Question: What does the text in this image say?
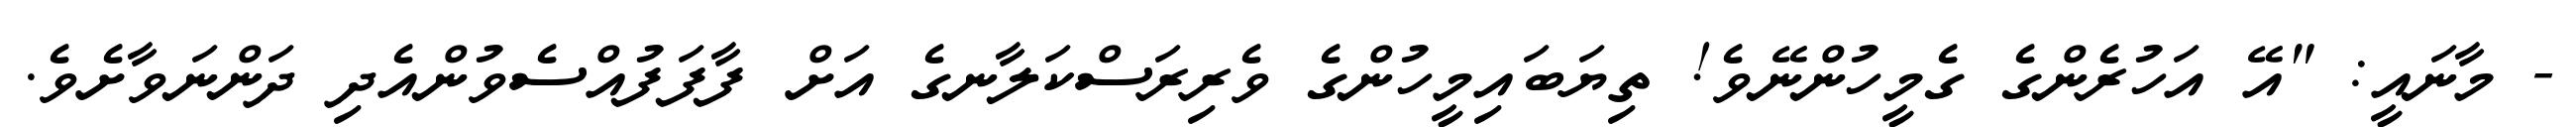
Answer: - މާނައީ: "އޭ އަހުރެންގެ ގެމީހުންނޭވެ! ތިޔަބައިމީހުންގެ ވެރިރަސްކަލާނގެ އަށް ފާފަފުއްސެވުންއެދި ދަންނަވާށެވެ.